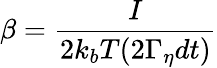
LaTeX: \beta=\frac{I}{2k_{b}T(2\Gamma_{\eta}dt)}